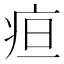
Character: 疸